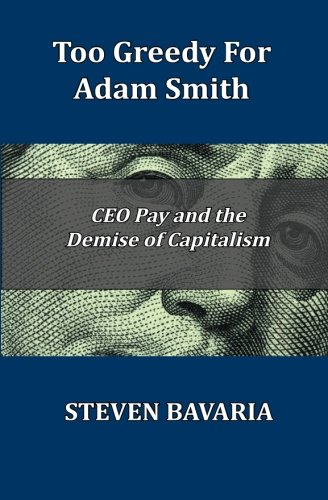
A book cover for Too Greedy for Adam Smith: CEO Pay and the Demise of Capitalism; Steven Bavaria; Business & Money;